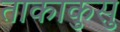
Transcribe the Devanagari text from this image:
ताकाकुसु